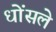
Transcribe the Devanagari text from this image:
धोंसले